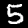
Digit: 5